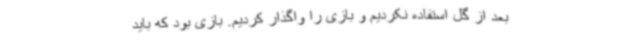
بعد از گل استفاده نکردیم و بازی را واگذار کردیم. بازی بود که باید